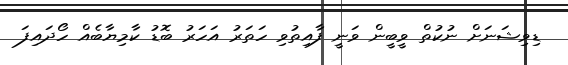
ޑިވިޝަނަށް ނުކުތް ވީބީން ވަނީ ފާއިތުވި ހަތަރު އަހަރު ބޮޑު ކާމިޔާބެއް ހޯދައިފަ